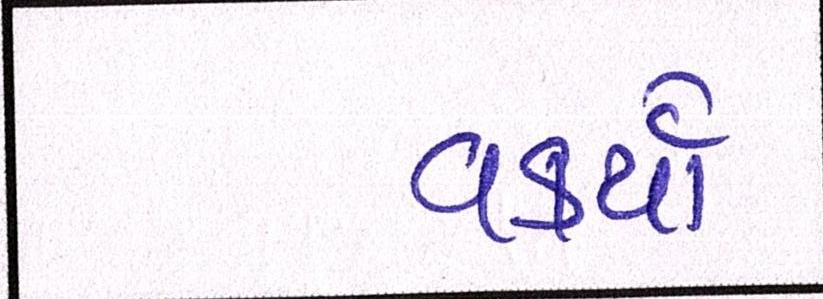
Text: વકર્યો